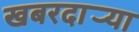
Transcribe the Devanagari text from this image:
खबरदार्‍या